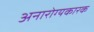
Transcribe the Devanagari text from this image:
अनारोग्यकारक